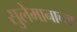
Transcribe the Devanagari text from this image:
सुलेमानाच्या